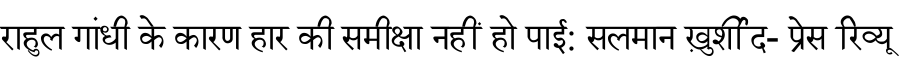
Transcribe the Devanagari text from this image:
राहुल गांधी के कारण हार की समीक्षा नहीं हो पाई: सलमान ख़ुर्शीद- प्रेस रिव्यू